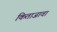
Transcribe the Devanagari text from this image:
किताजावा